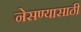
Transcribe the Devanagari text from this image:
नेसण्यासाठी